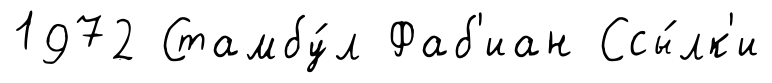
1972 Стамбу́л Фаб'иан Ссы́лк'и